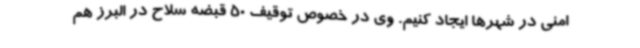
امنی در شهرها ایجاد کنیم. وی در خصوص توقیف 50 قبضه سلاح در البرز هم